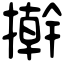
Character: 擀